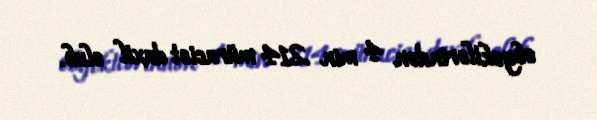
obyektlərindən 4 min 214 müraciət daxil olub.